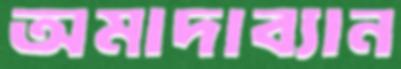
অমাদাব্যান